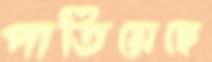
পাতিয়েছে